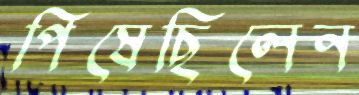
পিষেছিলেন